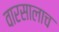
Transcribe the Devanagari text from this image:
वारसालाच